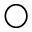
\bigcirc